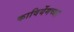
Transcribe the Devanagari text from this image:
कावियेंगच्या